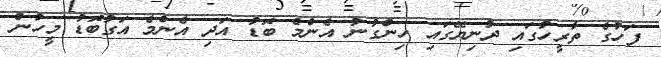
ފަހުގެ ތާރީހުގައި ދުނިޔޭގައި ހިންގުނު އެންމެ ބޮޑު އަދި އެންމެ އަގުބޮޑު މީހުން